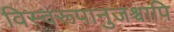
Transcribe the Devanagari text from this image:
विस्वरूपानुजश्चापि